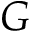
G